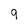
Character: 9